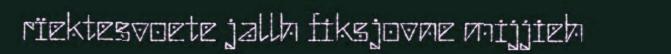
rïektesvoete jallh fiksjovne mijjieh